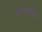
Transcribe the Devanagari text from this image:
जगन्नाथबुवांकडे